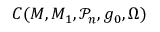
C ( M , M _ { 1 } , \mathcal { P } _ { n } , g _ { 0 } , \Omega )